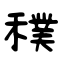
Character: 穙